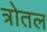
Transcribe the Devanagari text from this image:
त्रोतल